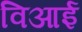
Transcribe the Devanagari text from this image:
विआई